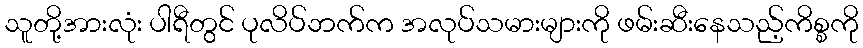
သူတို့အားလုံး ပါရီတွင် ပုလိပ်ဘက်က အလုပ်သမားများကို ဖမ်းဆီးနေသည့်ကိစ္စကို